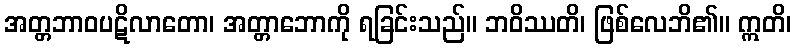
အတ္တဘာဝပဋိလာတော၊ အတ္တာဘောကို ရခြင်းသည်။ ဘဝိဿတိ၊ ဖြစ်လေဘိ၏။ ဣတိ၊